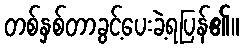
တစ်နှစ်တာခွင့်ပေးခဲ့ရပြန်၏။